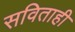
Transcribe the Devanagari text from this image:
सविताही